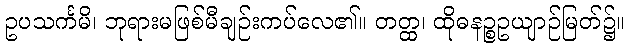
ဥပသင်္ကမိ၊ ဘုရားမဖြစ်မီချဉ်းကပ်လေ၏။ တတ္ထ၊ ထိုဓနဉ္စဥယျာဉ်မြတ်၌။